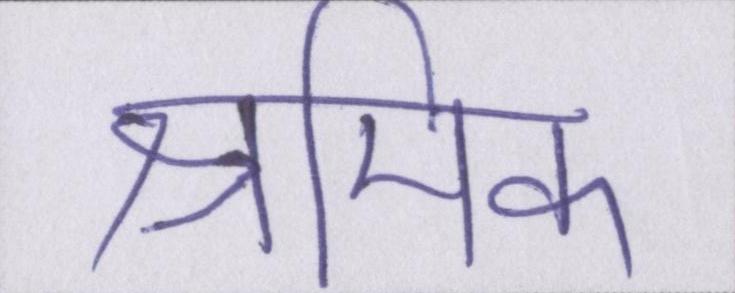
श्रमिक